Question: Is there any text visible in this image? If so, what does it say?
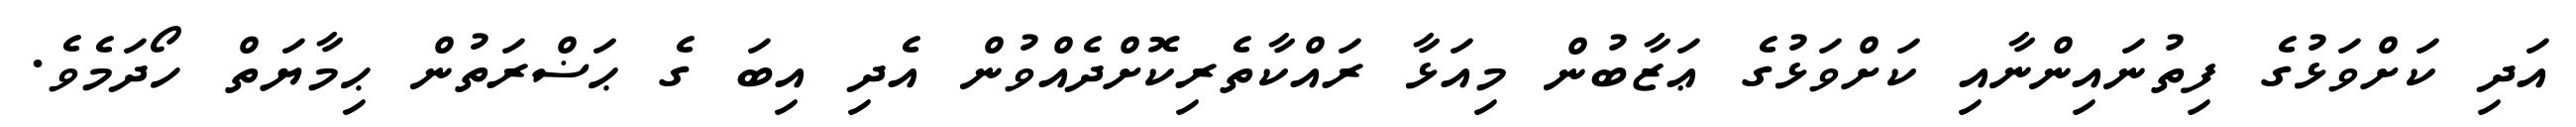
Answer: އަދި ކަށްވަޅުގެ ފިތުނައިންނާއި ކަށްވަޅުގެ ޢަޒާބުން މިއަޅާ ރައްކާތެރިކޮށްދެއްވުން އެދި އިބަ ގެ ޙަޟްރަތުން ޙިމާޔަތް ހޯދަމެވެ.